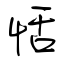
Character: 恬